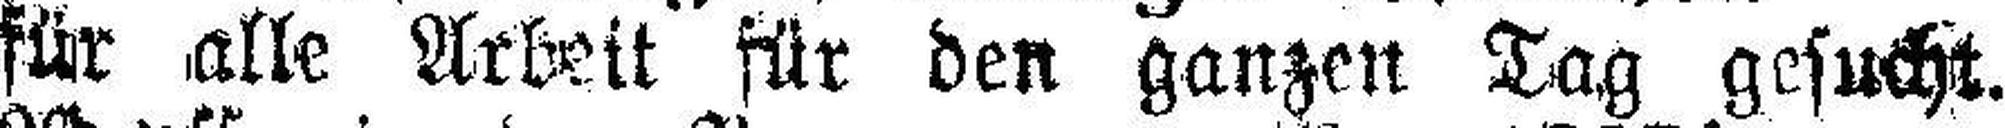
für alle Arbeit für den ganzen Tag gesucht.